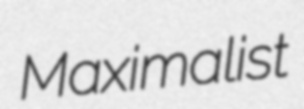
Maximalist